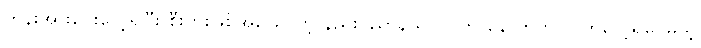
တွန်းအားပေးလေ့ရှိပြီး စီးပွားဖြစ်အခြေပြုတဲ့ နည်းပညာနယ်ပယ်က နောက်က လိုက်လေ့ရှိပေမယ့်